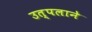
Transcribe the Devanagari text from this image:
उत्पलाने